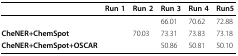
<table><thead><tr><td>[EMPTY_CELL]</td><td><b>Run 1</b></td><td><b>Run 2</b></td><td><b>Run 3</b></td><td><b>Run 4</b></td><td><b>Run5</b></td></tr></thead><tbody><tr><td>[EMPTY_CELL]</td><td>[EMPTY_CELL]</td><td>[EMPTY_CELL]</td><td>66.01</td><td>70.62</td><td>72.88</td></tr><tr><td><b>CheNER+ChemSpot</b></td><td>[EMPTY_CELL]</td><td>70.03</td><td>73.31</td><td>73.83</td><td>73.18</td></tr><tr><td><b>CheNER+ChemSpot+OSCAR</b></td><td>[EMPTY_CELL]</td><td>[EMPTY_CELL]</td><td>50.86</td><td>50.81</td><td>50.10</td></tr></tbody></table>